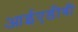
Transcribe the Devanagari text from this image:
आईएडीबी